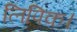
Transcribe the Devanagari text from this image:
लिपिक।